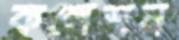
কলেশন